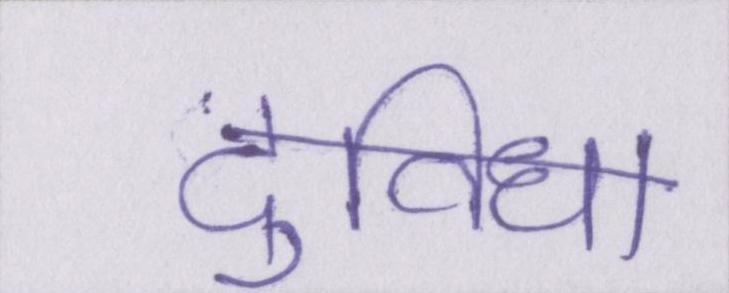
दुविधा